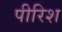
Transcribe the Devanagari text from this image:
पीरिश